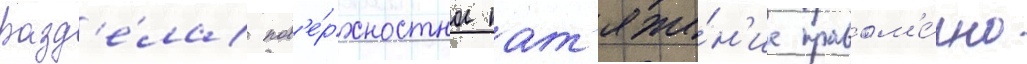
разд'е́ла пов'е́рхностное нат'яже́н'ие правом'е́рно